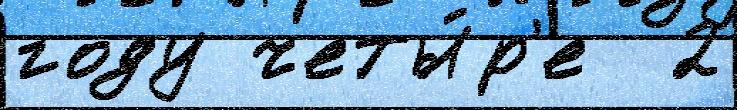
году четы́р'е  2